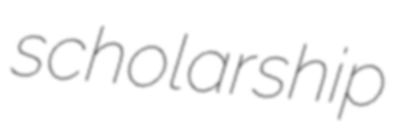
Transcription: scholarship